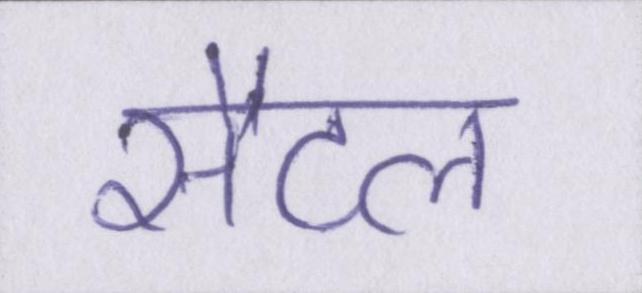
सैटल